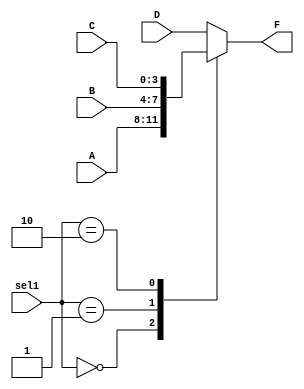
`timescale 1ns / 1ps
//////////////////////////////////////////////////////////////////////////////////
// Company: 
// Engineer: 
// 
// Design Name: 
// Module Name: TopMux
// Project Name: 
// Target Devices: 
// Tool Versions: 
// Description: 
// 
// Dependencies: 
// 
// Revision:
// Revision 0.01 - File Created
// Additional Comments:
// 
//////////////////////////////////////////////////////////////////////////////////


module TopMux(input [3:0] A,B,C,D,
	input [1:0] sel1,
	output reg [3:0] F

    );

always@(*) begin
	case(sel1)
		2'b00: F=A;
		2'b01: F=B;
		2'b10: F=C;
		default: F=D;//11 is the default
	endcase
end
endmodule